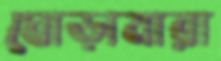
ঘোড়ামারা